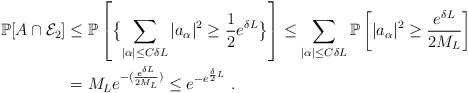
\begin{align*}\mathbb P[A\cap \mathcal E_2]&\leq \mathbb P\left[\bigl\{\sum_{|\alpha|\leq C\delta L} |a_{\alpha}|^2 \geq \frac 12 e^{ \delta L} \bigl\}\right]\leq \sum_{|\alpha|\leq C\delta L} \mathbb P\left[ |a_{\alpha}|^2\geq\frac{e^{\delta L}}{2 M_L}\right]\\&= M_L e^{-(\frac{e^{\delta L}}{2 M_L})}\leq e^{-e^{\frac{\delta}2 L}}\ .\end{align*}